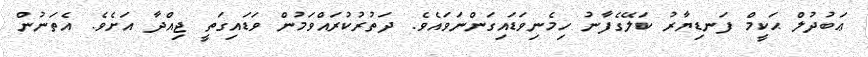
ޢަބުދުލް ޙަކީމް ފަނޑިޔާރު ކަލޭގެފާނު ހިމެނިވަޑައިގަންނަވައެވެ. ދަތުރުކުރައްވަމުން ވަޑައިގަތީ ޖިއްދާ އަށެވެ. އެތަނުން